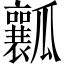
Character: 瓤